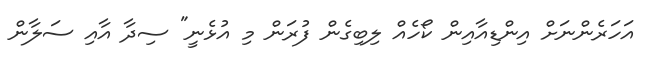
އަހަރެންނަށް އިންޑިއާއިން ކޯހެއް ލިބިގެން ފުރަން މި އުޅެނީ" ސިދާ އާއި ސަލާން